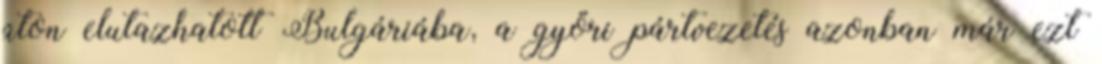
úton elutazhatott Bulgáriába, a győri pártvezetés azonban már ezt